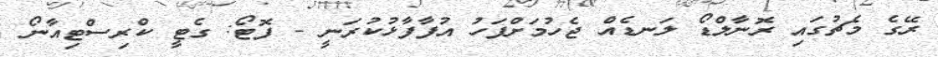
ރޭގެ މެޗުގައި ރޮނާލްޑޯ ލަނޑެއް ޖެހުމަށްފަހު އުފާފާޅުކުރަނީ - ފޮޓޯ: ގެޓީ ކްރިސްޓިއާނޯ